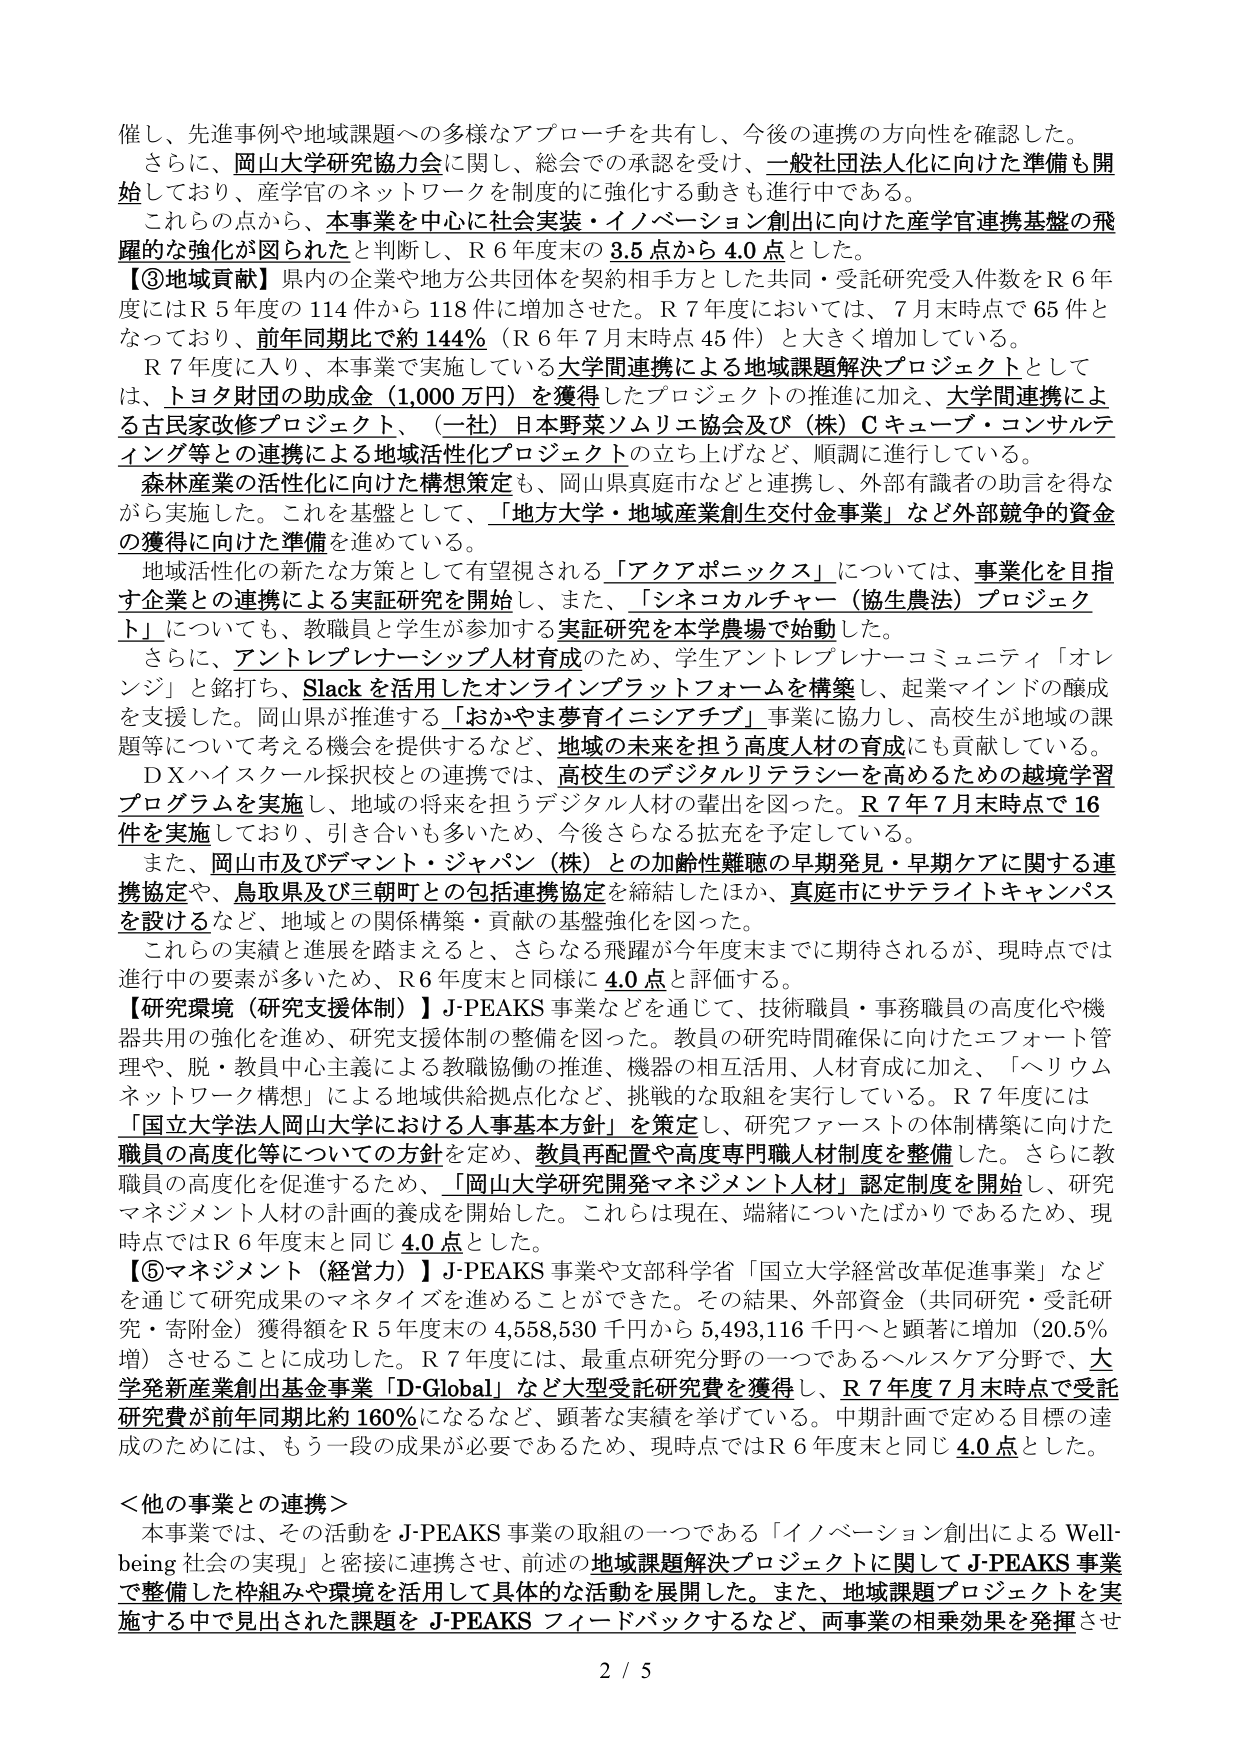
催し、先進事例や地域課題への多様なアプローチを共有し、今後の連携の方向性を確認した。
さらに、岡山大学研究協力会に関し、総会での承認を受け、一般社団法人化に向けた準備も開始しており、産学官のネットワークを制度的に強化する動きも進行中である。
これらの点から、本事業を中心に社会実装・イノベーション創出に向けた産学官連携基盤の飛躍的な強化が図られたと判断し、R６年度末の3.5点から4.0点とした。
【③地域貢献】県内の企業や地方公共団体を契約相手方とした共同・受託研究受入件数をR６年度にはR５年度の114件から118件に増加させた。R７年度においては、7月末時点で65件となっており、前年同期比で約144％（R６年7月末時点45件）と大きく増加している。
R７年度に入り、本事業で実施している大学間連携による地域課題解決プロジェクトとしては、トヨタ財団の助成金（1,000万円）を獲得したプロジェクトの推進に加え、大学間連携による古民家改修プロジェクト、（一社）日本野菜ソムリエ協会及び（株）Ｃキューブ・コンサルティング等との連携による地域活性化プロジェクトの立ち上げなど、順調に進行している。
森林産業の活性化に向けた構想策定も、岡山県真庭市などと連携し、外部有識者の助言を得ながら実施した。これを基盤として、「地方大学・地域産業創生交付金事業」など外部競争的資金の獲得に向けた準備を進めている。
地域活性化の新たな方策として有望視される「アクアボニックス」については、事業化を目指す企業との連携による実証研究を開始し、また、「シネコカルチャー（協生農法）プロジェクト」についても、教職員と学生が参加する実証研究を本学農場で始動した。
さらに、アントレプレナーシップ人材育成のため、学生アントレプレナーコミュニティ「オレンジ」と銘打ち、Slackを活用したオンラインプラットフォームを構築し、起業マインドの醸成を支援した。岡山県が推進する「おかやま夢育イニシアチブ」事業に協力し、高校生が地域の課題等について考える機会を提供するなど、地域の未来を担う高度人材の育成にも貢献している。
ＤＸハイスクール採択校との連携では、高校生のデジタルリテラシーを高めるための越境学習プログラムを実施し、地域の将来を担うデジタル人材の輩出を図った。Ｒ７年7月末時点で16件を実施しており、引き合いも多いため、今後さらなる拡充を予定している。
また、岡山市及びダイヤモンド・ジャパン（株）との加齢性難聴の早期発見・早期ケアに関する連携協定や、鳥取県及び三朝町との包括連携協定を締結したほか、真庭市にサテライトキャンパスを設けるなど、地域との関係構築・貢献の基盤強化を図った。
これらの実績と進展を踏まえると、さらなる飛躍が今年度末までに期待されるが、現時点では進行中の要素が多いため、R６年度末と同様に4.0点と評価する。
【研究環境（研究支援体制）】J-PEAKS事業などを通じて、技術職員・事務職員の高度化や機器共用の強化を進め、研究支援体制の整備を図った。教員の研究時間確保に向けたエフォート管理や、脱・教員中心主義による教職協働の推進、機器の相互活用、人材育成に加え、「ヘリウムネットワーク構想」による地域供給拠点化など、挑戦的な取組を実行している。R７年度には「国立大学法人岡山大学における人事基本方針」を策定し、研究ファーストの体制構築に向けた職員の高度化等についての方針を定め、教員再配置や高度専門職人材制度を整備した。さらに教職員の高度化を促進するため、「岡山大学研究開発マネジメント人材」認定制度を開始し、研究マネジメント人材の計画的養成を開始した。これらは現在、端緒についたばかりであるため、現時点ではR６年度末と同じ4.0点とした。
【⑤マネジメント（経営力）】J-PEAKS事業や文部科学省「国立大学経営改革促進事業」などを通じて研究成果のマネタイズを進めることができた。その結果、外部資金（共同研究・受託研究・寄附金）獲得額をR５年度末の4,558,530千円から5,493,116千円へと顕著に増加（20.5％増）させることに成功した。R７年度には、最重点研究分野の一つであるヘルスケア分野で、大学発新産業創出基金事業「D-Global」など大型受託研究費を獲得し、R７年度7月末時点で受託研究費が前年同期比約160％になるなど、顕著な実績を挙げている。中期計画で定める目標の達成のためには、もう一段の成果が必要であるため、現時点ではR６年度末と同じ4.0点とした。
＜他の事業との連携＞
本事業では、その活動をJ-PEAKS事業の取組の一つである「イノベーション創出によるWell-being社会の実現」と密接に連携させ、前述の地域課題解決プロジェクトに関してJ-PEAKS事業で整備した枠組みや環境を活用して具体的な活動を展開している。また、地域課題プロジェクトを実施する中で見出された課題をJ-PEAKSフィードバックするなど、両事業の相乗効果を発揮させ
2 / 5